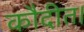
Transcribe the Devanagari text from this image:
कौदीत।